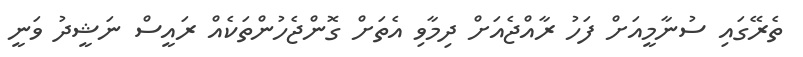
ތެރޭގައި ސުނާމީއަށް ފަހު ރާއްޖެއަށް ދިމާވި އެތަށް ގޮންޖެހުންތަކެއް ރައީސް ނަޝީދު ވަނީ